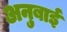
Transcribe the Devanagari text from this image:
अनुबाई